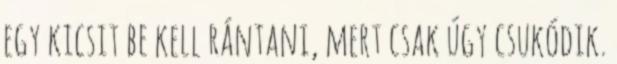
egy kicsit be kell rántani, mert csak úgy csukódik.